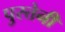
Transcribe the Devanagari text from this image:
पुस्‍तेनी